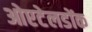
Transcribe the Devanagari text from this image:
ओएटेलडोंक